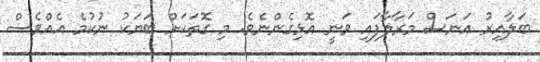
ބަލާއިރު އަނަސް މަރާލާފައި ވަނީ އޮޅިގެންނެވެ. މި ގޮތަކަށް ބަޔަކު ނުކުމެ އެއްވެސް